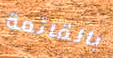
بالقائمة